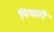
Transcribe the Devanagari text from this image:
पियारी